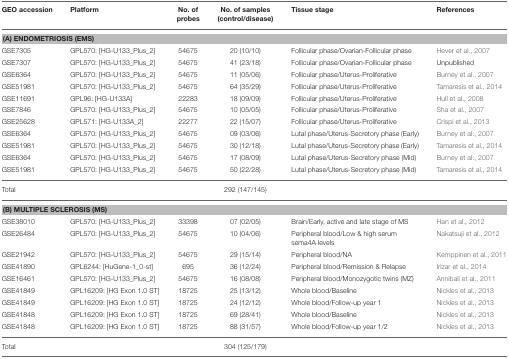
<table><thead><tr><td><b>GEO accession</b></td><td><b>Platform</b></td><td><b>No. of probes</b></td><td><b>No. of samples (control/disease)</b></td><td><b>Tissue stage</b></td><td><b>References</b></td></tr></thead><tbody><tr><td colspan="6"><b>(A) ENDOMETRIOSIS (EMS)</b></td></tr><tr><td>GSE7305</td><td>GPL570: [HG-U133_Plus_2]</td><td>54675</td><td>20 (10/10)</td><td>Follicular phase/Ovarian-Follicular phase</td><td>Hever et al., 2007</td></tr><tr><td>GSE7307</td><td>GPL570: [HG-U133_Plus_2]</td><td>54675</td><td>41 (23/18)</td><td>Follicular phase/Ovarian-Follicular phase</td><td>Unpublished</td></tr><tr><td>GSE6364</td><td>GPL570: [HG-U133_Plus_2]</td><td>54675</td><td>11 (05/06)</td><td>Follicular phase/Uterus-Proliferative</td><td>Burney et al., 2007</td></tr><tr><td>GSE51981</td><td>GPL570: [HG-U133_Plus_2]</td><td>54675</td><td>64 (35/29)</td><td>Follicular phase/Uterus-Proliferative</td><td>Tamaresis et al., 2014</td></tr><tr><td>GSE11691</td><td>GPL96: [HG-U133A]</td><td>22283</td><td>18 (09/09)</td><td>Follicular phase/Uterus-Proliferative</td><td>Hull et al., 2008</td></tr><tr><td>GSE7846</td><td>GPL570: [HG-U133_Plus_2]</td><td>54675</td><td>10 (05/05)</td><td>Follicular phase/Uterus-Proliferative</td><td>Sha et al., 2007</td></tr><tr><td>GSE25628</td><td>GPL571: [HG-U133A_2]</td><td>22277</td><td>22 (15/07)</td><td>Follicular phase/Uterus-Proliferative</td><td>Crispi et al., 2013</td></tr><tr><td>GSE6364</td><td>GPL570: [HG-U133_Plus_2]</td><td>54675</td><td>09 (03/06)</td><td>Lutal phase/Uterus-Secretory phase (Early)</td><td>Burney et al., 2007</td></tr><tr><td>GSE51981</td><td>GPL570: [HG-U133_Plus_2]</td><td>54675</td><td>30 (12/18)</td><td>Lutal phase/Uterus-Secretory phase (Early)</td><td>Tamaresis et al., 2014</td></tr><tr><td>GSE6364</td><td>GPL570: [HG-U133_Plus_2]</td><td>54675</td><td>17 (08/09)</td><td>Lutal phase/Uterus-Secretory phase (Mid)</td><td>Burney et al., 2007</td></tr><tr><td>GSE51981</td><td>GPL570: [HG-U133_Plus_2]</td><td>54675</td><td>50 (22/28)</td><td>Lutal phase/Uterus-Secretory phase (Mid)</td><td>Tamaresis et al., 2014</td></tr><tr><td>Total</td><td></td><td></td><td>292 (147/145)</td><td></td><td></td></tr><tr><td colspan="6"><b>(B) MULTIPLE SCLEROSIS (MS)</b></td></tr><tr><td>GSE38010</td><td>GPL570: [HG-U133_Plus_2]</td><td>33398</td><td>07 (02/05)</td><td>Brain/Early, active and late stage of MS</td><td>Han et al., 2012</td></tr><tr><td>GSE26484</td><td>GPL570: [HG-U133_Plus_2]</td><td>54675</td><td>10 (04/06)</td><td>Peripheral blood/Low &amp; high serum sema4A levels</td><td>Nakatsuji et al., 2012</td></tr><tr><td>GSE21942</td><td>GPL570: [HG-U133_Plus_2]</td><td>54675</td><td>29 (15/14)</td><td>Peripheral blood/NA</td><td>Kemppinen et al., 2011</td></tr><tr><td>GSE41890</td><td>GPL6244: [HuGene-1_0-st]</td><td>695</td><td>36 (12/24)</td><td>Peripheral blood/Remission &amp; Relapse</td><td>Irizar et al., 2014</td></tr><tr><td>GSE16461</td><td>GPL570: [HG-U133_Plus_2]</td><td>54675</td><td>16 (08/08)</td><td>Peripheral blood/Monozygotic twins (MZ)</td><td>Annibali et al., 2011</td></tr><tr><td>GSE41849</td><td>GPL16209: [HG Exon 1.0 ST]</td><td>18725</td><td>25 (13/12)</td><td>Whole blood/Baseline</td><td>Nickles et al., 2013</td></tr><tr><td>GSE41849</td><td>GPL16209: [HG Exon 1.0 ST]</td><td>18725</td><td>24 (12/12)</td><td>Whole blood/Follow-up year 1</td><td>Nickles et al., 2013</td></tr><tr><td>GSE41848</td><td>GPL16209: [HG Exon 1.0 ST]</td><td>18725</td><td>69 (28/41)</td><td>Whole blood/Baseline</td><td>Nickles et al., 2013</td></tr><tr><td>GSE41848</td><td>GPL16209: [HG Exon 1.0 ST]</td><td>18725</td><td>88 (31/57)</td><td>Whole blood/Follow-up year 1/2</td><td>Nickles et al., 2013</td></tr><tr><td>Total</td><td></td><td></td><td>304 (125/179)</td><td></td><td></td></tr></tbody></table>